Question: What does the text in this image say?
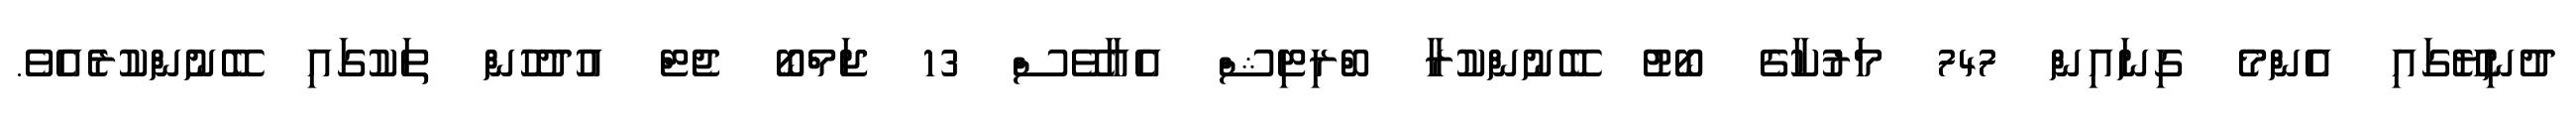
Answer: ދުނިޔޭގައި އެންމެ ގިނައިން 747 މަރުކާގެ ބޯޓު ބޭނުންކުރާ ބްރިޓިޝް އެއާވޭސް 13 ޖަމްބޯ ޖެޓް އުދުހުން ތަކުގައި ބޭނުންކުރެއެވެ.